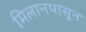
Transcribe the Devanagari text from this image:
मिलानपासून